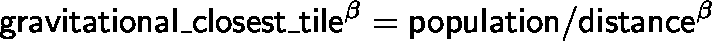
\mathsf { g r a v i t a t i o n a l \_ c l o s e s t \_ t i l e ^ { \beta } = p o p u l a t i o n / d i s t a n c e ^ { \beta } }